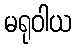
မရုဝါယ